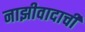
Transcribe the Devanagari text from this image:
नाझीवादाची